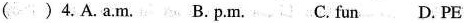
( ) 4.A. a.m. B. p.m. C. fun D. PE